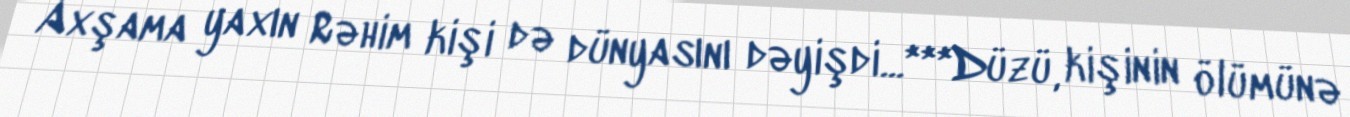
Axşama yaxın Rəhim kişi də dünyasını dəyişdi...***Düzü, kişinin ölümünə